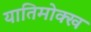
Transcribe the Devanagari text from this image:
यातिमोक्ख